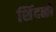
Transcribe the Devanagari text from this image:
शिंदळी